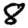
Digit: 8